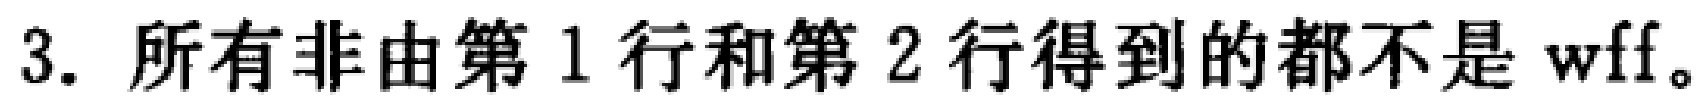
3. 所有非由第 1 行和第 2 行得到的都不是 wff。